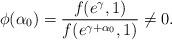
LaTeX: \begin{align*}\phi(\alpha_{0})=\frac{f(e^{\gamma},1)}{f(e^{\gamma+\alpha_{0}},1)}\not =0.\end{align*}